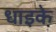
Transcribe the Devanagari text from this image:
धाइके